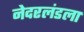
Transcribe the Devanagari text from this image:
नेदरलंडला